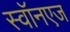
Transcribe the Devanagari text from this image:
स्वॉनएज